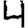
Digit: 4